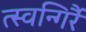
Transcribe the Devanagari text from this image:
त्स्वन्गिर्रै